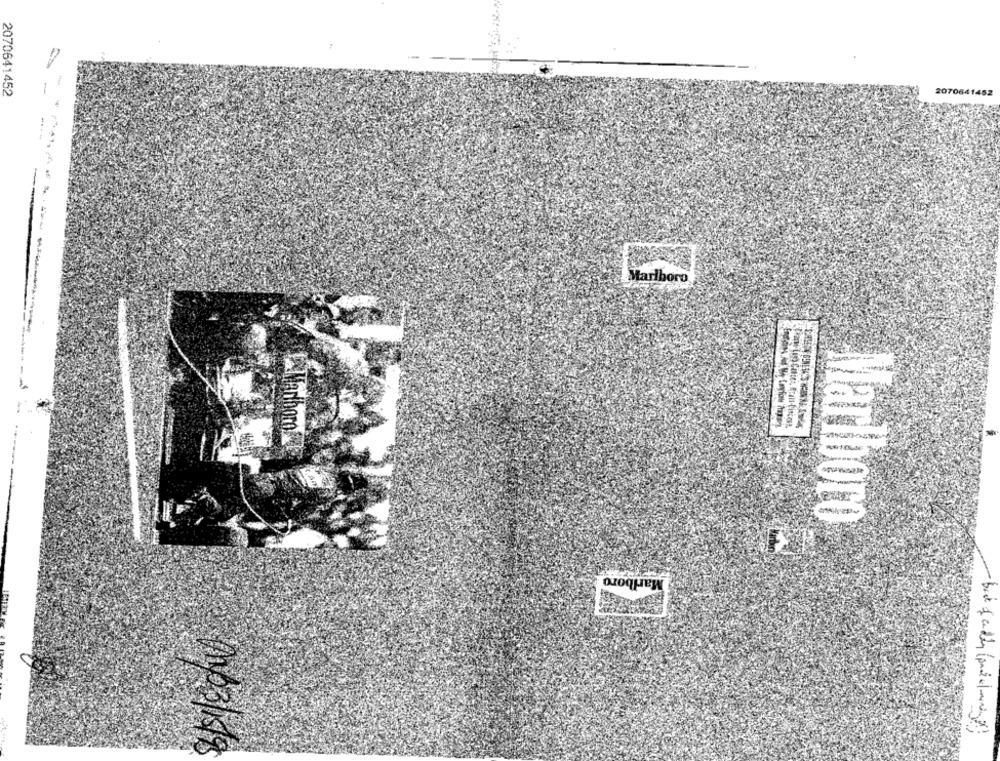
2070641452
2070641452
Marlboro
-
Marlboro
Marlboro